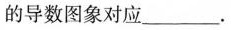
的导数图象对应___。